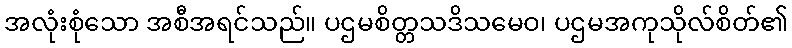
အလုံးစုံသော အစီအရင်သည်။ ပဌမစိတ္တသဒိသမေဝ၊ ပဌမအကုသိုလ်စိတ်၏